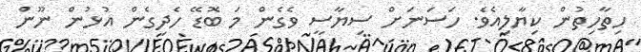
ހިތާހިތުން ކިޔާލިއެވެ. ހަސަނަށް ސިޔާސީ ވެގެން މަ ބޮޑޭ ހެދިގެން އުޅުން ނޫން